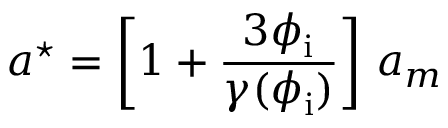
a ^ { \star } = \left[ 1 + \frac { 3 \phi _ { \mathrm { i } } } { \gamma ( \phi _ { \mathrm { i } } ) } \right] \, a _ { m }